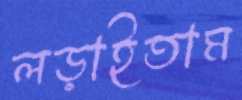
লড়াইতাম